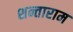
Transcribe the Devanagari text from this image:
शन्ताराम